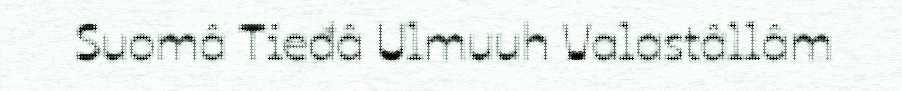
Suomâ Tieđâ Ulmuuh Valastâllâm